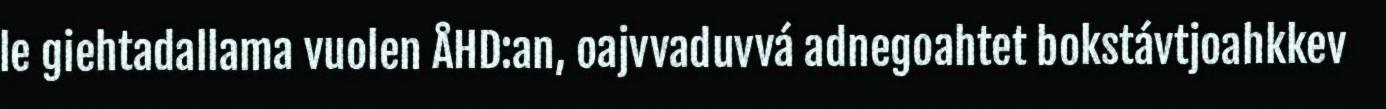
le giehtadallama vuolen ÅHD:an, oajvvaduvvá adnegoahtet bokstávtjoahkkev